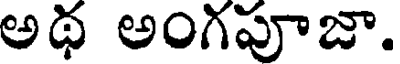
అథ అంగపూజా.